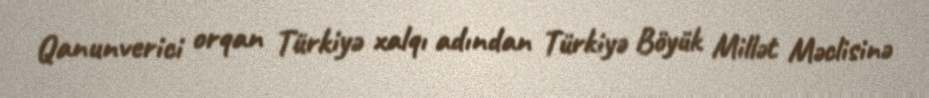
Qanunverici orqan Türkiyə xalqı adından Türkiyə Böyük Millət Məclisinə